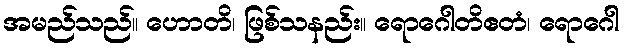
အမည်သည်။ ဟောတိ၊ ဖြစ်သနည်း။ ရောဂေါတိဧတံ၊ ရောဂေါ